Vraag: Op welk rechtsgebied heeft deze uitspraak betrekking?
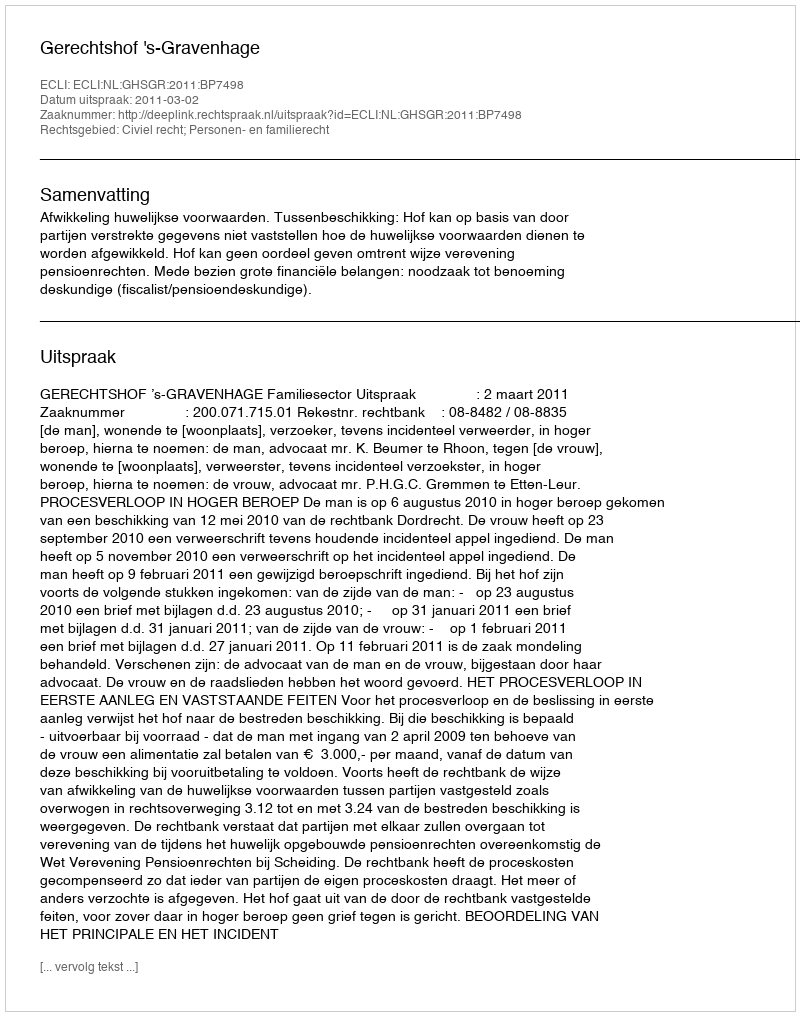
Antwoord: Civiel recht; Personen- en familierecht